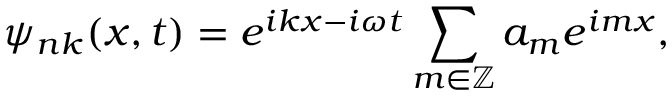
\psi _ { n k } ( x , t ) = e ^ { i k x - i \omega t } \sum _ { m \in \mathbb { Z } } a _ { m } e ^ { i m x } ,